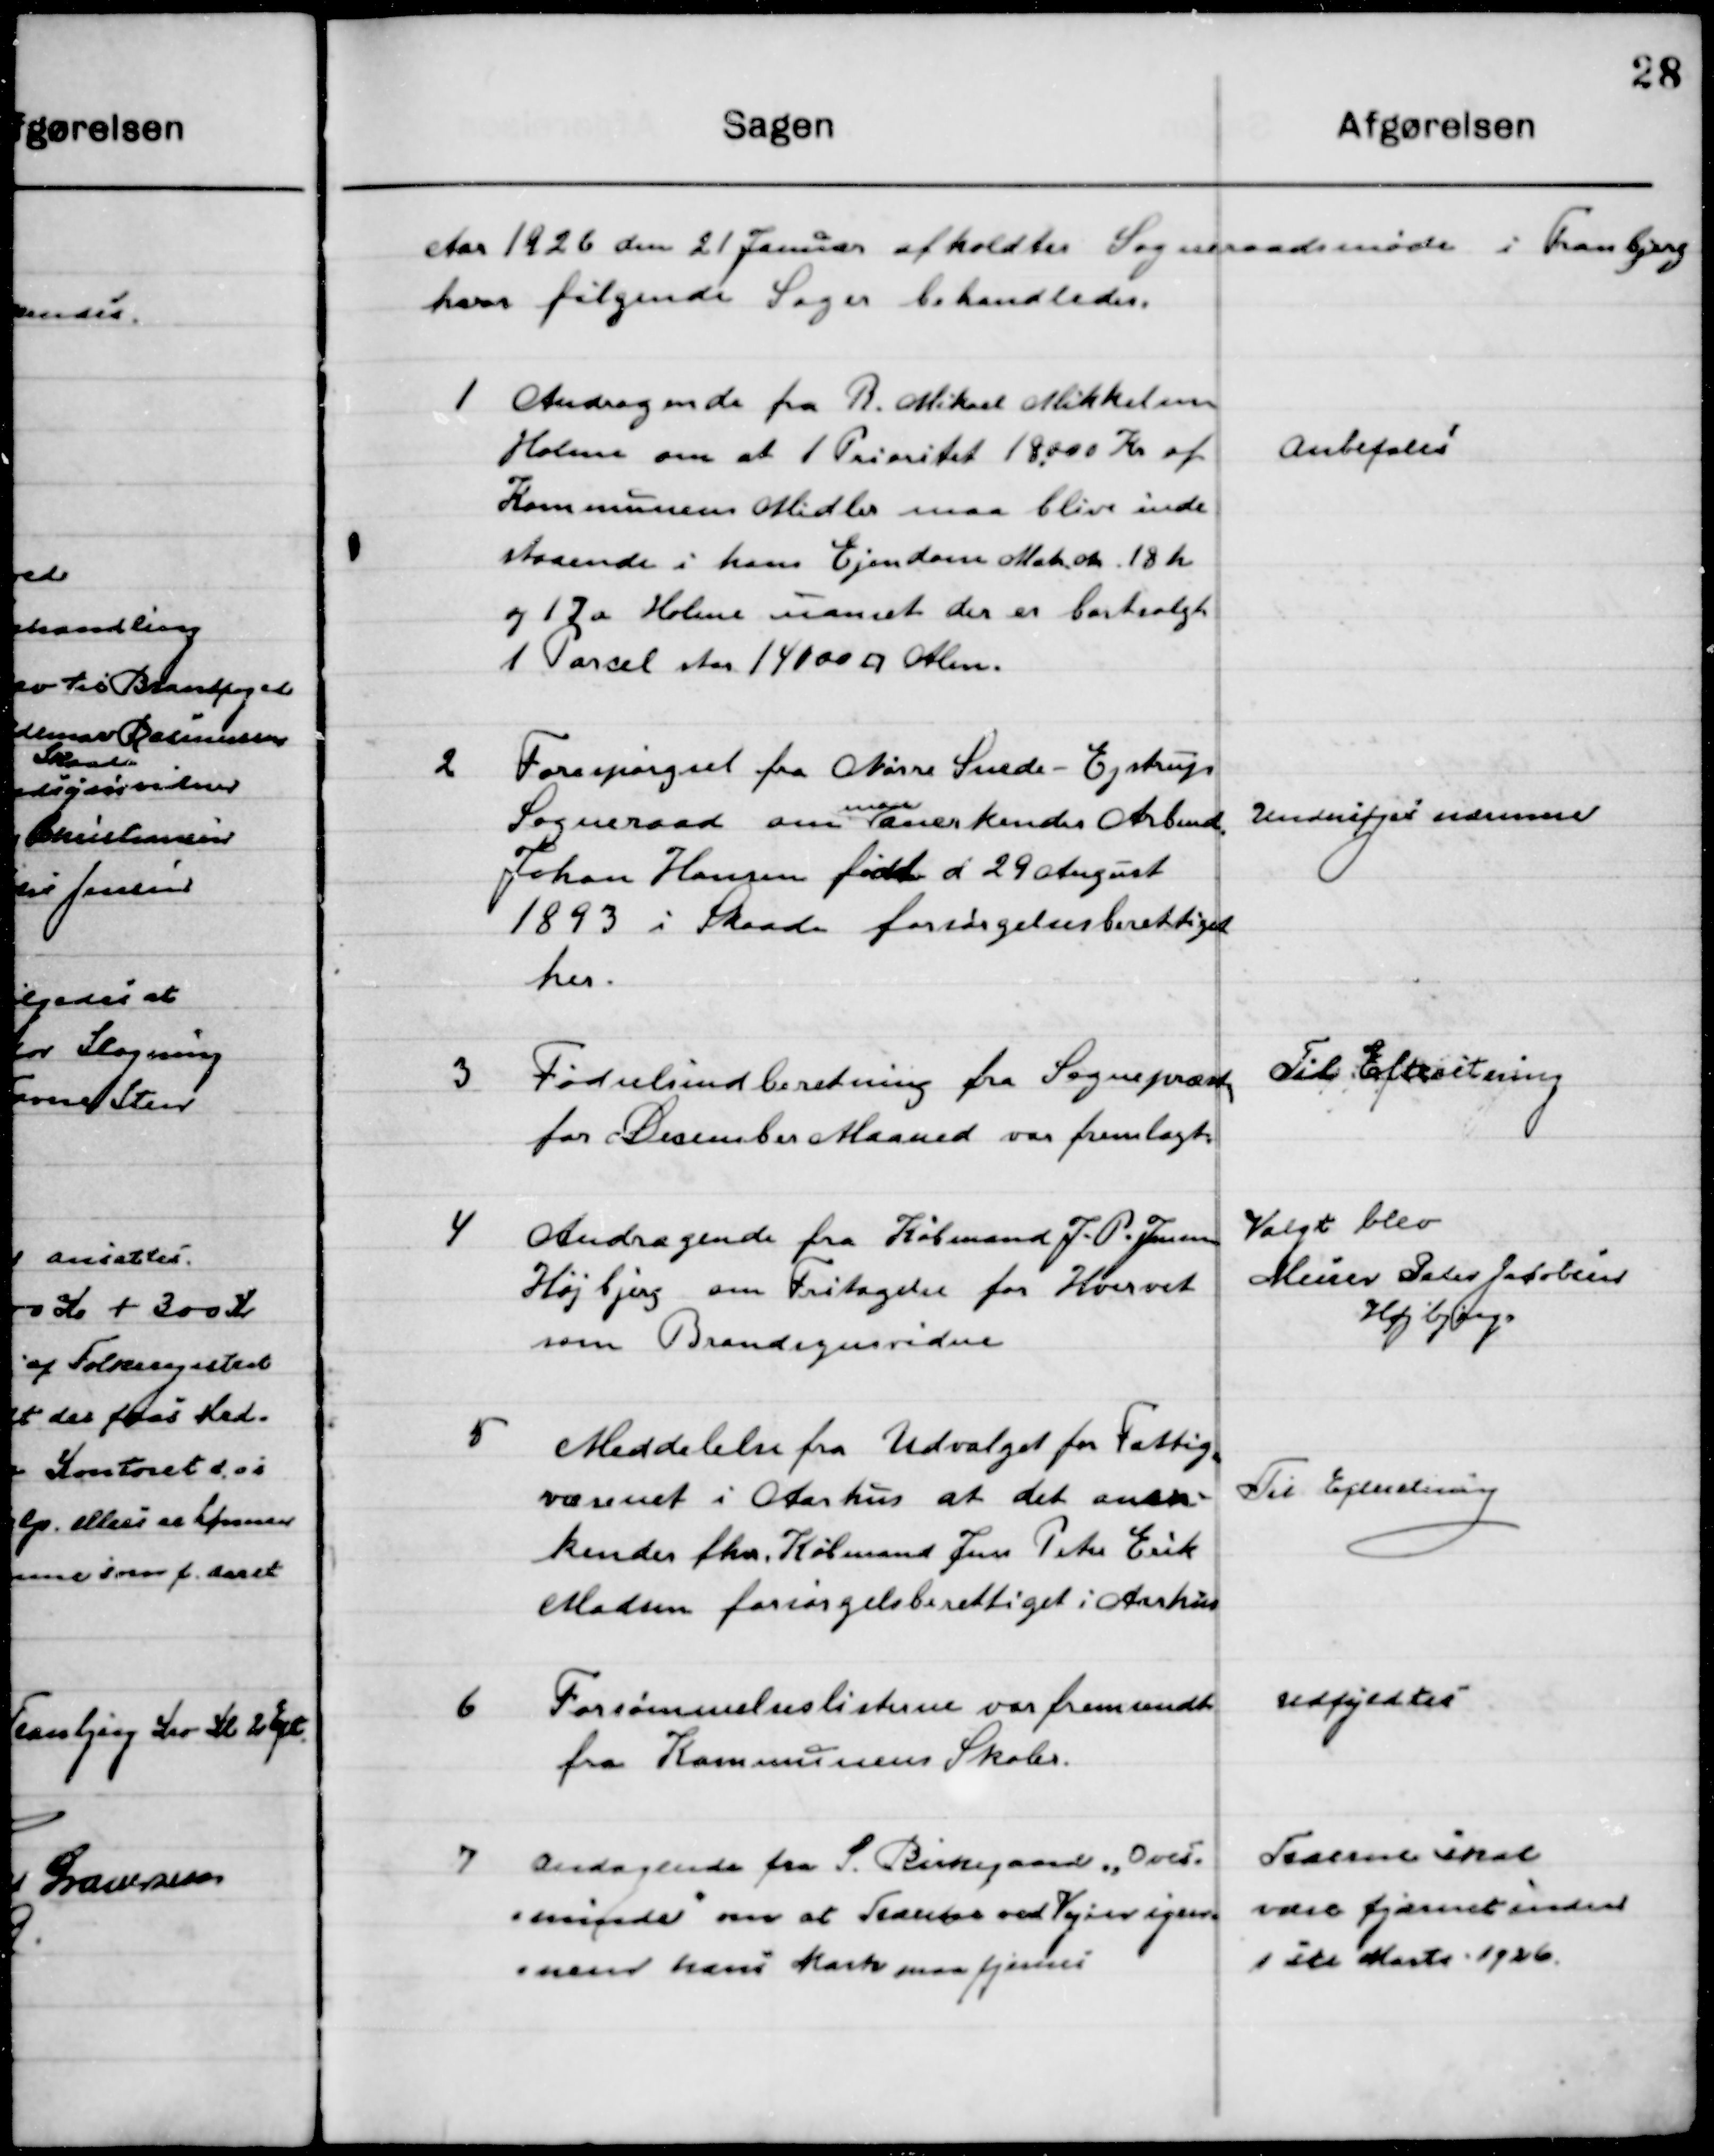
Transskription:
Aaret 1926 den 21 Januar afholdtes  Sogneraadsmøde i Tranbjerg 
hvor følgende Sager behandledes.

1

Andragende fra R. Mikael Mikkelsen
Holme om at 1 Prioritet 18.000 Kr. af
Kommunens Midler maa blive inde-
staaende i hans Ejendom Matr. No. 18 h
og 17 a Holme uanset der er bortsolgt
1 Parcel stor 14000 kvadrat Alen.

Anbefales

2

Forespørgsel fra nørre Snede - Ejstrup
Sogneraad om man anerkender Arbmd.
Johan Hansen født d 29 August
1893 i Skaade, forsørgelses berettiget 
her.

Undersøges nærmere

3

Fødselsindberetning fra Sognepræsten
for December Maaned var fremlagt.

Til Efterretning

4

Andragende fra Købmand J. P. Jensen
Højbjerg om Fritagelse for Hvervet
Som Brandsynsvidende.

Valgt blev 
Murer Peter Jacobsen 
Højbjerg

5

Meddelelse fra Udvalget for Fattig-
væsenet i Aarhus at det aner-
kender fhv. Købmand Jens  
Madsen forsørgelsesberettiget i Aarhus

Til Efterretning

6

Forsømmelseslisterne var fremsendt
fra Kommunens Skoler.

Udfyldtes

7

Andragende fra S. Birkegaard ”Over-
minde” om at Træerne ved Vejen igen-
nem hans Mark maa fjernes.

Træerne skal
være fjærnet inden
1ste Marts 1926.